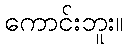
ကောင်းဘူး။